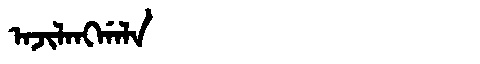
Manchu: ᠠᠵᡳᠯᠠᠩᡤᠠᠯᠠ
Romanization: AJILANGGALA